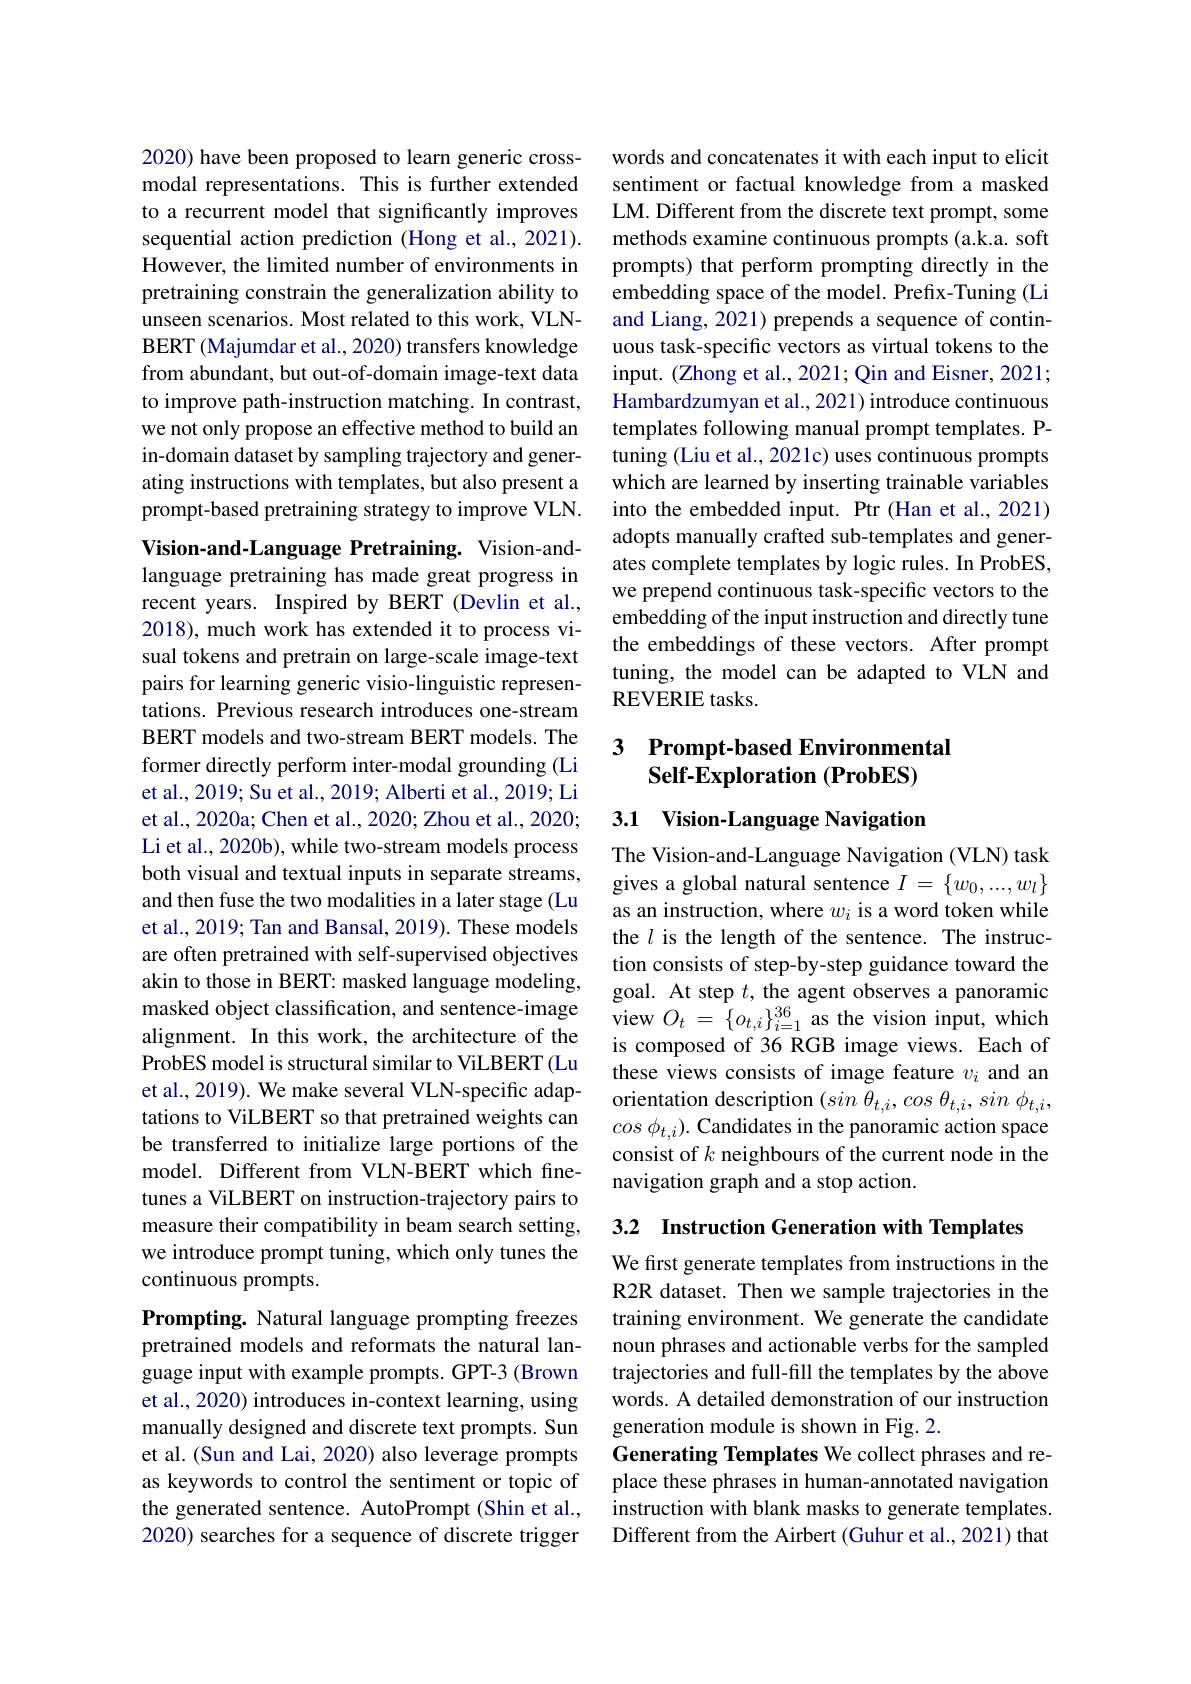
2020) have been proposed to learn generic crossmodal representations. This is further extended to a recurrent model that significantly improves sequential action prediction (Hong et al.,2021). However, the limited number of environments in pretraining constrain the generalization ability to unseen scenarios. Most related to this work, VLNBERT (Majumdar et al., 2020) transfers knowledge from abundant, but out-of-domain image-text data to improve path-instruction matching. In contrast, we not only propose an effective method to build an in-domain dataset by sampling trajectory and generating instructions with templates, but also present a prompt-based pretraining strategy to improve VLN.

Vision-and-Language Pretraining. Vision-andlanguage pretraining has made great progress in recent years. Inspired by BERT (Devlin et al., 2018), much work has extended it to process visual tokens and pretrain on large-scale image-text pairs for learning generic visio-linguistic representations. Previous research introduces one-stream BERT models and two-stream BERT models. The former directly perform inter-modal grounding (Li et al., 2019; Su et al., 2019; Alberti et al., 2019; Li et al., 2020a; Chen et al., 2020; Zhou et al., 2020; Li et al., 2020b), while two-stream models process both visual and textual inputs in separate streams, and then fuse the two modalities in a later stage (Lu et al., 2019; Tan and Bansal, 2019). These models are often pretrained with self-supervised objectives akin to those in BERT: masked language modeling, masked object classification, and sentence-image alignment. In this work, the architecture of the ProbES model is structural similar to ViLBERT (Lu et al., 2019). We make several VLN-specific adaptations to ViLBERT so that pretrained weights can be transferred to initialize large portions of the model. Different from VLN-BERT which finetunes a ViLBERT on instruction-trajectory pairs to measure their compatibility in beam search setting, we introduce prompt tuning, which only tunes the continuous prompts.
Prompting. Natural language prompting freezes pretrained models and reformats the natural language input with example prompts. GPT-3 (Brown

et al., 2020) introduces in-context learning, using manually designed and discrete text prompts. Sun et al. (Sun and Lai, 2020) also leverage prompts as keywords to control the sentiment or topic of the generated sentence. AutoPrompt (Shin et al., 2020) searches for a sequence of discrete trigger

words and concatenates it with each input to elicit sentiment or factual knowledge from a masked LM. Different from the discrete text prompt, some methods examine continuous prompts (a.k.a. soft prompts) that perform prompting directly in the embedding space of the model. Prefix-Tuning (Li and Liang, 2021) prepends a sequence of continuous task-specific vectors as virtual tokens to the input. (Zhong et al., 2021; Qin and Eisner, 2021; Hambardzumyan et al., 2021) introduce continuous templates following manual prompt templates. Ptuning (Liu et al., 2021c) uses continuous prompts which are learned by inserting trainable variables into the embedded input. Ptr (Han et al., 2021) adopts manually crafted sub-templates and generates complete templates by logic rules. In ProbES, we prepend continuous task-specific vectors to the embedding of the input instruction and directly tune the embeddings of these vectors. After prompt tuning, the model can be adapted to VLN and REVERIE tasks.

## 3 Prompt-based Environmental $\textbf{Self- Exploration ( ProbES) }$

3.1 Vision-Language Navigation

The Vision-and-Language Navigation (VLN) task gives a global natural sentence $I=\{w_0,...,w_l\}$ as an instruction, where $w_i$ is a word token while the $l$ is the length of the sentence. The instruction consists of step-by-step guidance toward the goal. At step $t$, the agent observes a panoramic view $O_{t}=\{o_{t,i}\}_{i=1}^{36}$ as the vision input, which is composed of 36 RGB image views. Each of these views consists of image feature $v_i$ and an orientation description $( sin$ $\bar{\theta } _{t, i}, cos$ $\theta _{t, i}, sin$ $\phi _{t, i}$, cos $\phi _{t, i}) .$ Candidates in the panoramic action space consist of $k$ neighbours of the current node in the navigation graph and a stop action.

3.2 Instruction Generation with Templates

We first generate templates from instructions in the R2R dataset. Then we sample trajectories in the training environment. We generate the candidate noun phrases and actionable verbs for the sampled trajectories and full-fill the templates by the above words. A detailed demonstration of our instruction generation module is shown in Fig. 2.
Generating Templates We collect phrases and replace these phrases in human-annotated navigation instruction with blank masks to generate templates. Different from the Airbert (Guhur et al., 2021) that